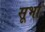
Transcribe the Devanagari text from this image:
सूभा